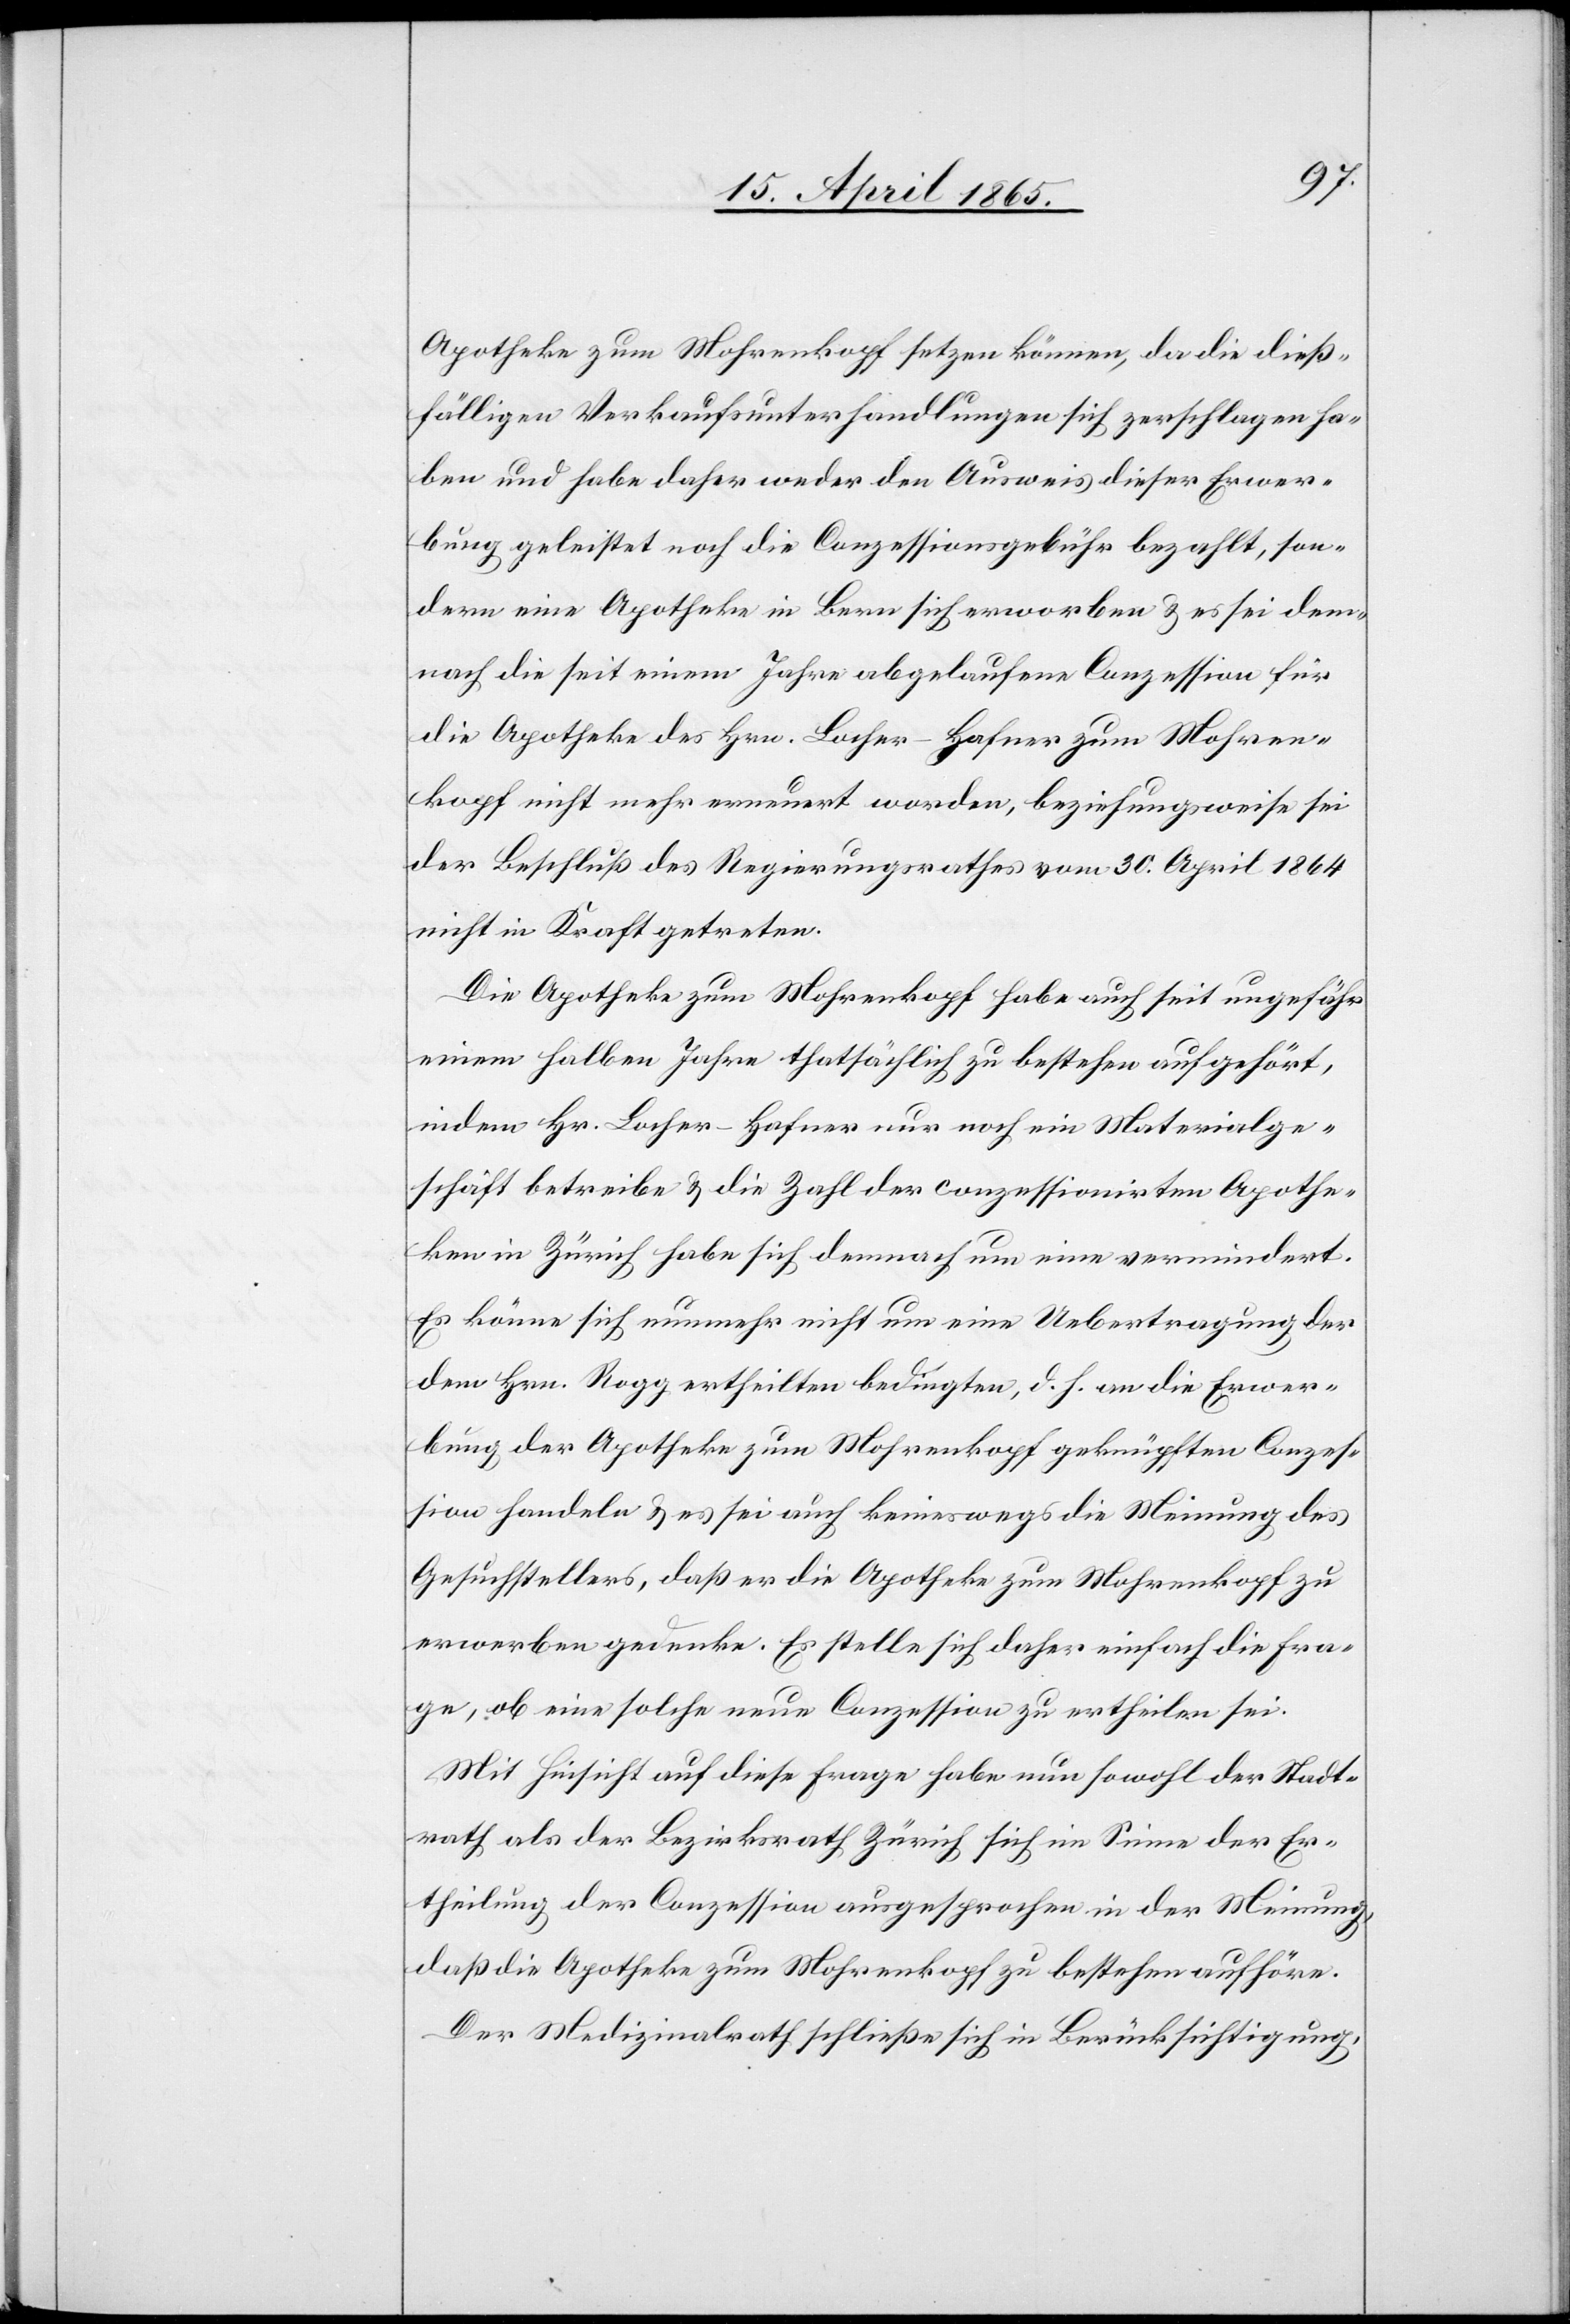
Apotheke zum Mohrenkopf setzen können, da die dieß¬
fälligen Verkaufsunterhandlungen sich zerschlagen ha¬
ben und habe daher weder den Ausweis dieser Erwer¬
bung geleistet noch die Conzessionsgebühr bezahlt, son¬
dern eine Apotheke in Bern sich erworben & es sei dem¬
nach die seit einem Jahre abgelaufene Conzessoin für
die Apotheke des Hrn. Locher-Hafner zum Mohren¬
kopf nicht mehr erneuert worden, beziehungsweise sei
der Beschluß des Regierungsrathes vom 30. April 1864
nicht in Kraft getreten.
Die Apotheke zum Mohrenkopf habe auch seit ungefähr
einem halben Jahre thatsächlich zu bestehen aufgehört,
indem Hr. Locher-Hafner nur noch ein Materialge¬
schäft betreibe & die Zahl der conzessionirten Apothe¬
ken in Zürich habe sich demnach um eine vermindert.
Es könne sich nunmehr nicht um eine Uebertragung der
dem Hrn. Rogg ertheilten bedingten, d. h. an die Erwer¬
bung der Apotheke zum Mohrenkopf geknüpften Conzes¬
sion handeln & es sei auch keineswegs die Meinung des
Gesuchstellers, daß er die Apotheke zum Mohrenkopf zu
erwerben gedenke. Es stelle sich daher einfach die Fra¬
ge, ob eine solche neue Conzesssion zu ertheilen sei.
Mit Hinsicht auf diese Frage habe nun sowohl der Stadt¬
rath als der Bezirksrath Zürich sich im Sinne der Er¬
theilung der Conzession ausgesprochen in der Meinung,
daß die Apotheke zum Mohrenkopf zu bestehen aufhöre.
Der Medizinalrath schließe sich in Berücksichtigung,